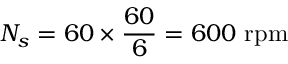
N _ { s } = 6 0 \times { \frac { 6 0 } { 6 } } = 6 0 0 \, \, { \mathrm { r p m } }